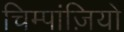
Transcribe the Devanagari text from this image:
चिम्पांज़ियों